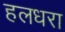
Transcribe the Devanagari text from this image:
हलधरा